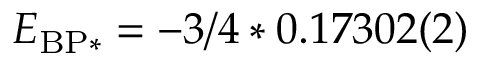
E _ { \mathrm { B P * } } = - 3 / 4 * 0 . 1 7 3 0 2 ( 2 )